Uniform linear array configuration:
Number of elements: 4
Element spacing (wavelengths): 0.75
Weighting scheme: hamming
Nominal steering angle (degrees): -30
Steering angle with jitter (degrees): -31.613
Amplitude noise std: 0.05
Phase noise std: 0.05

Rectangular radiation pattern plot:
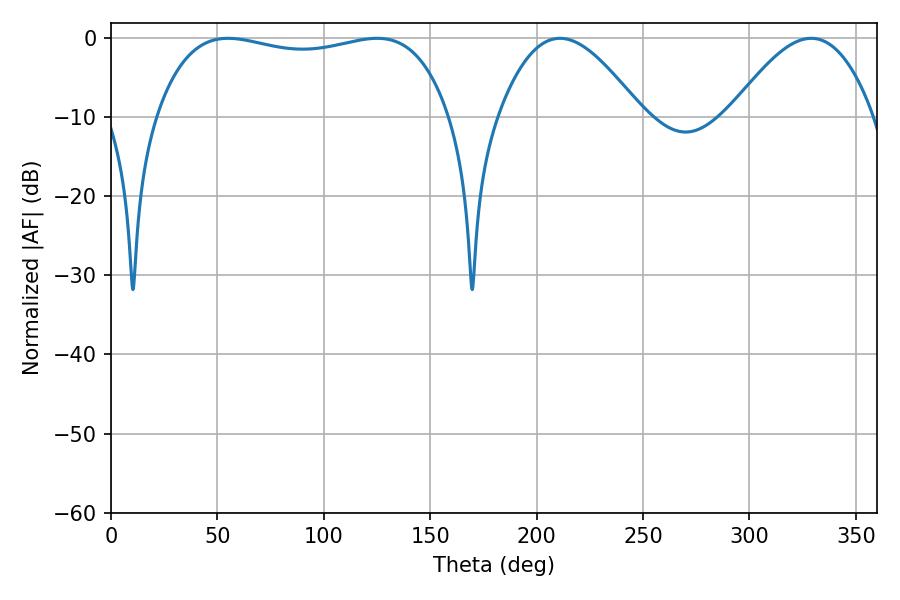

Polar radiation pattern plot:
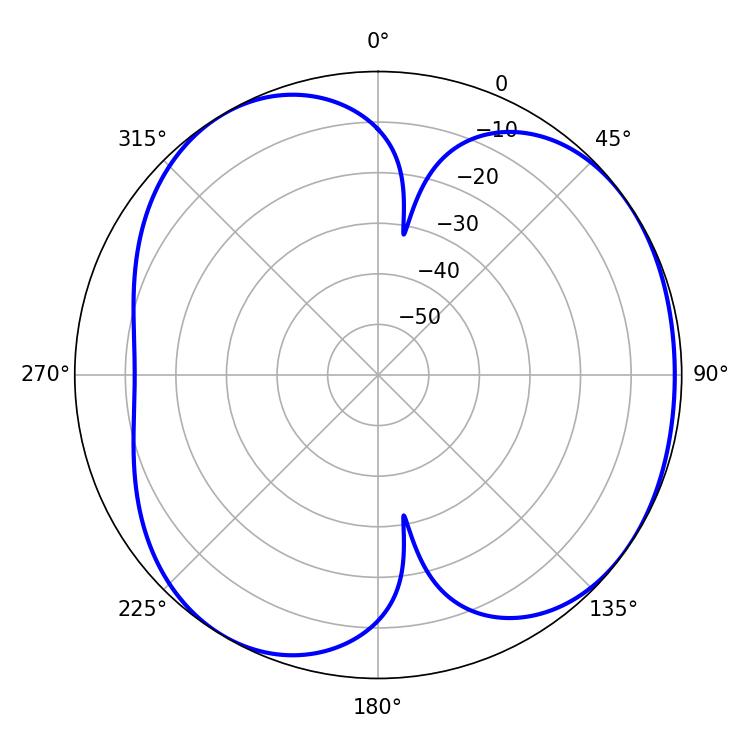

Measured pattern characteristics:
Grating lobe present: TRUE
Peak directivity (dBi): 4.654
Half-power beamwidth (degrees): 36.54
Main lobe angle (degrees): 210.96